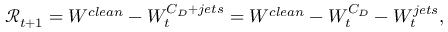
\mathcal { R } _ { t + 1 } = W ^ { c l e a n } - W _ { t } ^ { C _ { D } + j e t s } = W ^ { c l e a n } - W _ { t } ^ { C _ { D } } - W _ { t } ^ { j e t s } ,